NAE_kihelkonnakohtute_kirjad_ja_protokollid_1869-1889, lk 5
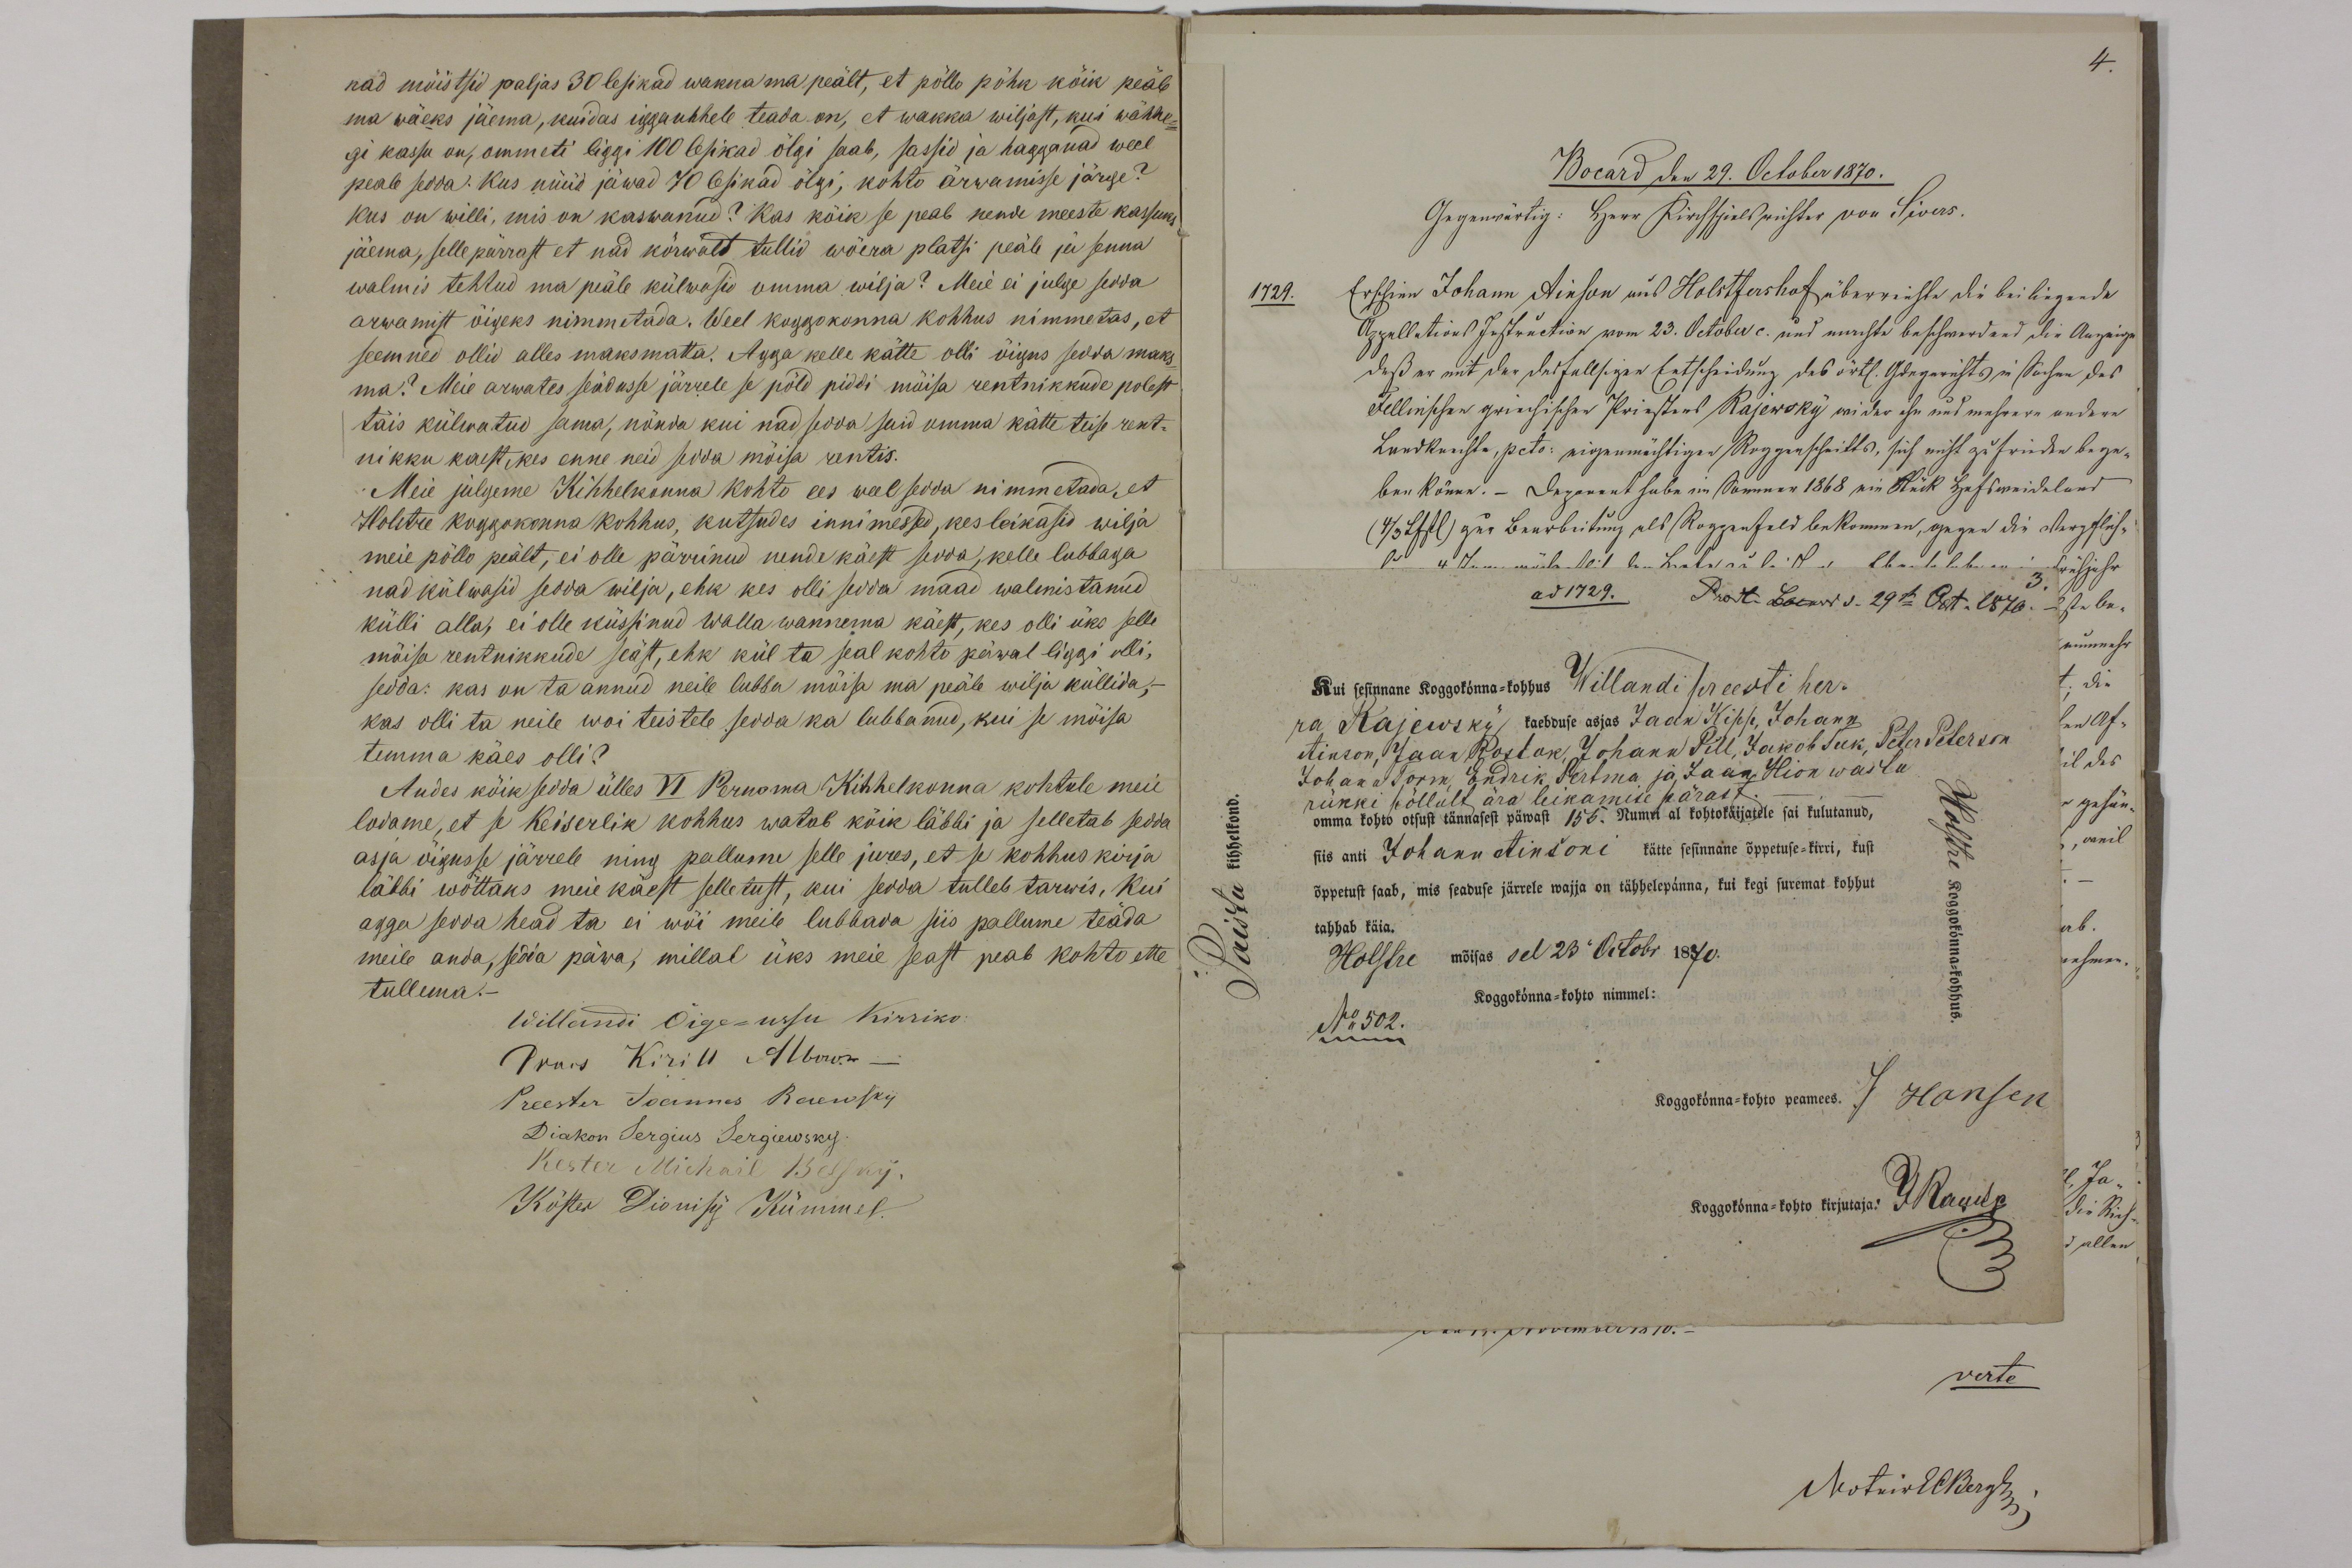
nad mõistsid paljas 30 lesikad wakka ma peält, et põllo põhk kõik peäb
ma wäeks jäema, kuidas iggauhhele teada on, et wakka wiljast, kus wähhe-
gi kassu on, ommeti liggi 100 lepikad õlgi saab, sassid ja hagganad weel
peale sedda. Kus nüüd jäwad 40 lesikad õlgi, kohto arwamisse järge?
Kus on willi, mis on kaswanud? Kas kõik se peab nende meeste kassuks
jäema, selle pärrast et nad kõrwalt tullid wõera platsi peale ja senna
walmis tehtud ma peäle külwasid omma wilja? Meie ei julge sedda
arwamist õigeks nimmetada. Weel koggokonna kohhus nimmetas, et
seemned ollid alles maksmatta. Agga kelle kätte olli õigus sedda maks-
ma? Meie arwates seadusse järrele se põld piddi mõisa rentnikkude polest
täis külwatud sama, nõnda kui nad sedda said omma kätte teise rent-
nikku kaest, kes enne neid sedda mõisa rentis.
Meie julgeme Kihhelkonna kohto ees weel sedda nimmetada, et
Holstre koggokonna kohhus kutsudes innimessed, kes leikasid wilja
meie põlla peält, ei olle pärrinud nende käest sedda, kelle lubbaga
nad külwasid sedda wilja, ehk kes olli sedda maad walmistanud
külli alla, ei olle küssinud wallawannema kaest, kes olli üks selle
mõisa rentnikkude seäst, ehk kül ta seal kohto päwal liggi olli,
sedda: kas on ta annud neile lubba mõisa ma peäle wilja küllida,-
kas olli ta neile wõi teistele sedda ka lubbanud, kui se mõisa
temma käes olli?
Andes kõik sedda ülles VI. Pernoma Kihhelkonna kohtule meie
lodame, et se Keiserlik kohhus watab kõik läbbi ja selletab sedda
asja õigusse järrele ning pallume selle jures, et se kohhus kirja
läbbi wõttaks meie käest selletust, kui sedda tulleb tarwis. Kui
agga sedda head ta ei wõi meile lubbada siis pallume teäda
meile anda, sedda päwa, millal üks meie seast peab kohtu ette
tullema.
Willandi Õige-ussu kirriko.
Praos Kirill Albow
Preester Joannes Raewsky
Diakon Sergius Sergiewsky.
Köster Michail Belsky.
Kõster Dionisi Kümmel.

Kui sesinnane Koggokonna-kohhus Willandi preesti her-
ra Rajewski kaebduse asjas Jaan Kipp, Johann
Ainson, Jaak Postak, Johann Pill, Jakob Suk, Peter Peterson
Johann Jorm, Endrik Pertma ja Jaan Hion wastu
omma kohtu otsust tännasest päwast 156. Numbri al kohtokäijatele sai kulutanud
rukki põllult ära leikamise pärast.
siis anti Johann Ainsoni kätte sesinnane õppetuse-kirri, kust
õppetust saab, mis seaduse järrele wajja on tähhelepanna, kui kegi suremat kohhut
tahhab käia
Holstre mõisas sel 23 Octobr 1870.
Koggokonna-kohto nimmel:
No: 502.